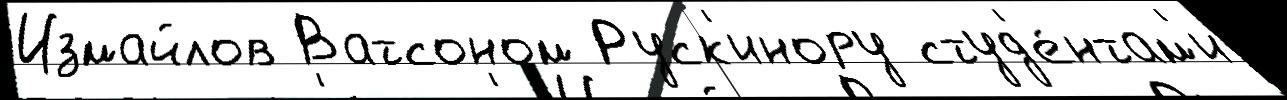
Измайлов Ватсоном Руск'инору студ'е́нтам'и